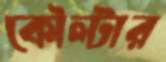
কৌল্টার